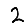
Digit: 2